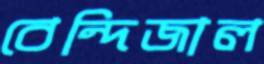
বেন্দিজাল